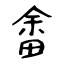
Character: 畬